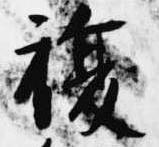
復